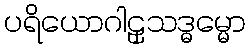
ပရိယောဂါဠှသဒ္ဓမ္မော